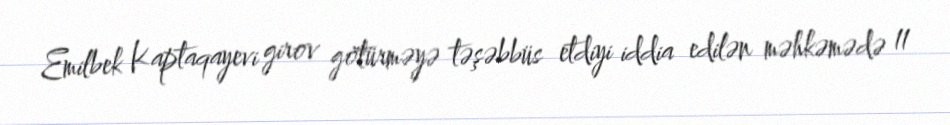
Emilbek Kaptaqayevi girov götürməyə təşəbbüs etdiyi iddia edilən məhkəmədə 11